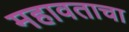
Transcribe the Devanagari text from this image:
महावताचा